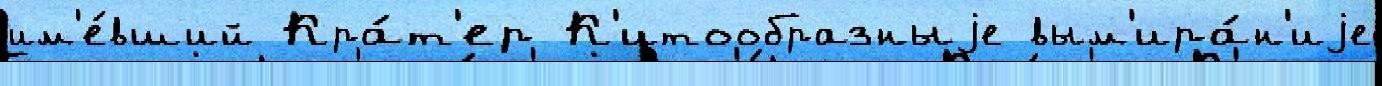
им'е́вший Кра́т'ер К'итообразныjе вым'ира́н'иjе